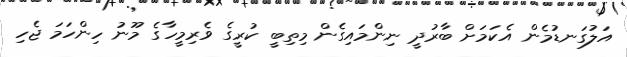
އަލުގަނޑުމެން އެކަމަށް ބާރުދީ ނިންމައިގެން މިތިބީ ކުރީގެ ވެރިމީހާގެ މޫނު ހިންހަމަ ޖެހި